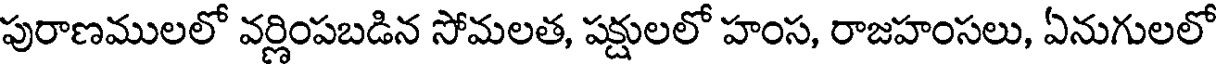
పురాణములలో వర్ణింపబడిన సోమలత, పక్షులలో హంస, రాజహంసలు, ఏనుగులలో